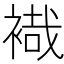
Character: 𧛷